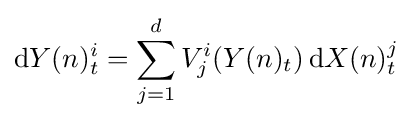
\mathrm {d} Y(n)_{t}^{i}=\sum _{j=1}^{d}V_{j}^{i}(Y(n)_{t})\,\mathrm {d} X(n)_{t}^{j}